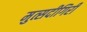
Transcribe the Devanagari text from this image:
मुत्सदीगिरी